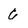
Character: 6